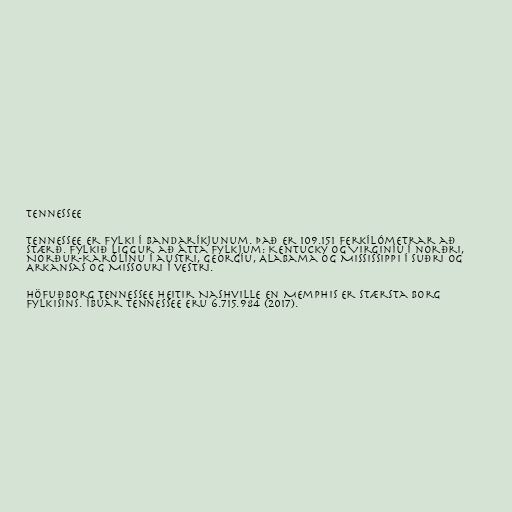
Tennessee

Tennessee er fylki í Bandaríkjunum. Það er 109.151 ferkílómetrar að
stærð. Fylkið liggur að átta fylkjum: Kentucky og Virginíu í norðri,
Norður-Karólínu í austri, Georgíu, Alabama og Mississippi í suðri og
Arkansas og Missouri í vestri.

Höfuðborg Tennessee heitir Nashville en Memphis er stærsta borg
fylkisins. Íbúar Tennessee eru 6.715.984 (2017).